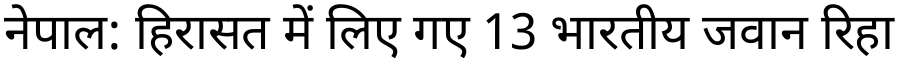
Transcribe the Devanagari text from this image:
नेपाल: हिरासत में लिए गए 13 भारतीय जवान रिहा